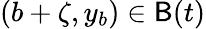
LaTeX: (b+\zeta,y_{b})\in\mathsf{B}(t)